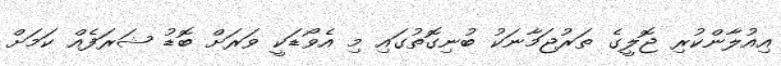
އިއުލާންކުރި ޖޮލީގެ ތަރުޖަމާނަކު ބުނިގޮތުގައި މި އެވޯޑަކީ ވަރަށް ބޮޑު ޝަރަފެއް ކަމަށް